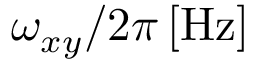
\omega _ { x y } / 2 \pi \, [ \mathrm { H z } ]